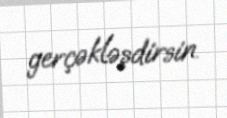
gerçəkləşdirsin.